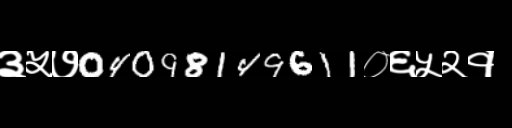
Text: ३५७04098149611०६५२१